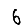
Digit: 6